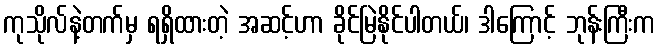
ကုသိုလ်နဲ့တက်မှ ရရှိထားတဲ့ အဆင့်ဟာ ခိုင်မြဲနိုင်ပါတယ်၊ ဒါကြောင့် ဘုန်းကြီးက